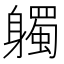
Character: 𨊒